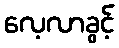
လေ့လာခွင့်